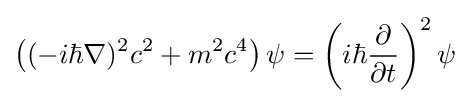
\left((-i\hbar \mathbf {\nabla } )^{2}c^{2}+m^{2}c^{4}\right)\psi =\left(i\hbar {\frac {\partial }{\partial t}}\right)^{2}\psi